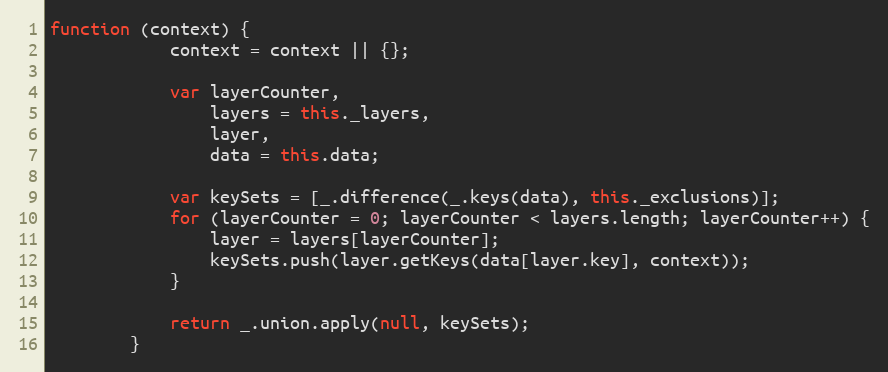
Language: JavaScript
function (context) {
            context = context || {};

            var layerCounter,
                layers = this._layers,
                layer,
                data = this.data;

            var keySets = [_.difference(_.keys(data), this._exclusions)];
            for (layerCounter = 0; layerCounter < layers.length; layerCounter++) {
                layer = layers[layerCounter];
                keySets.push(layer.getKeys(data[layer.key], context));
            }

            return _.union.apply(null, keySets);
        }